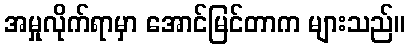
အမှုလိုက်ရာမှာ အောင်မြင်တာက များသည်။